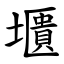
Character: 㙺